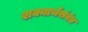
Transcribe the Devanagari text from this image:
शक्यार्थसंबंध